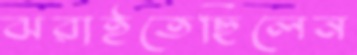
ঝরাইতেছিলেন